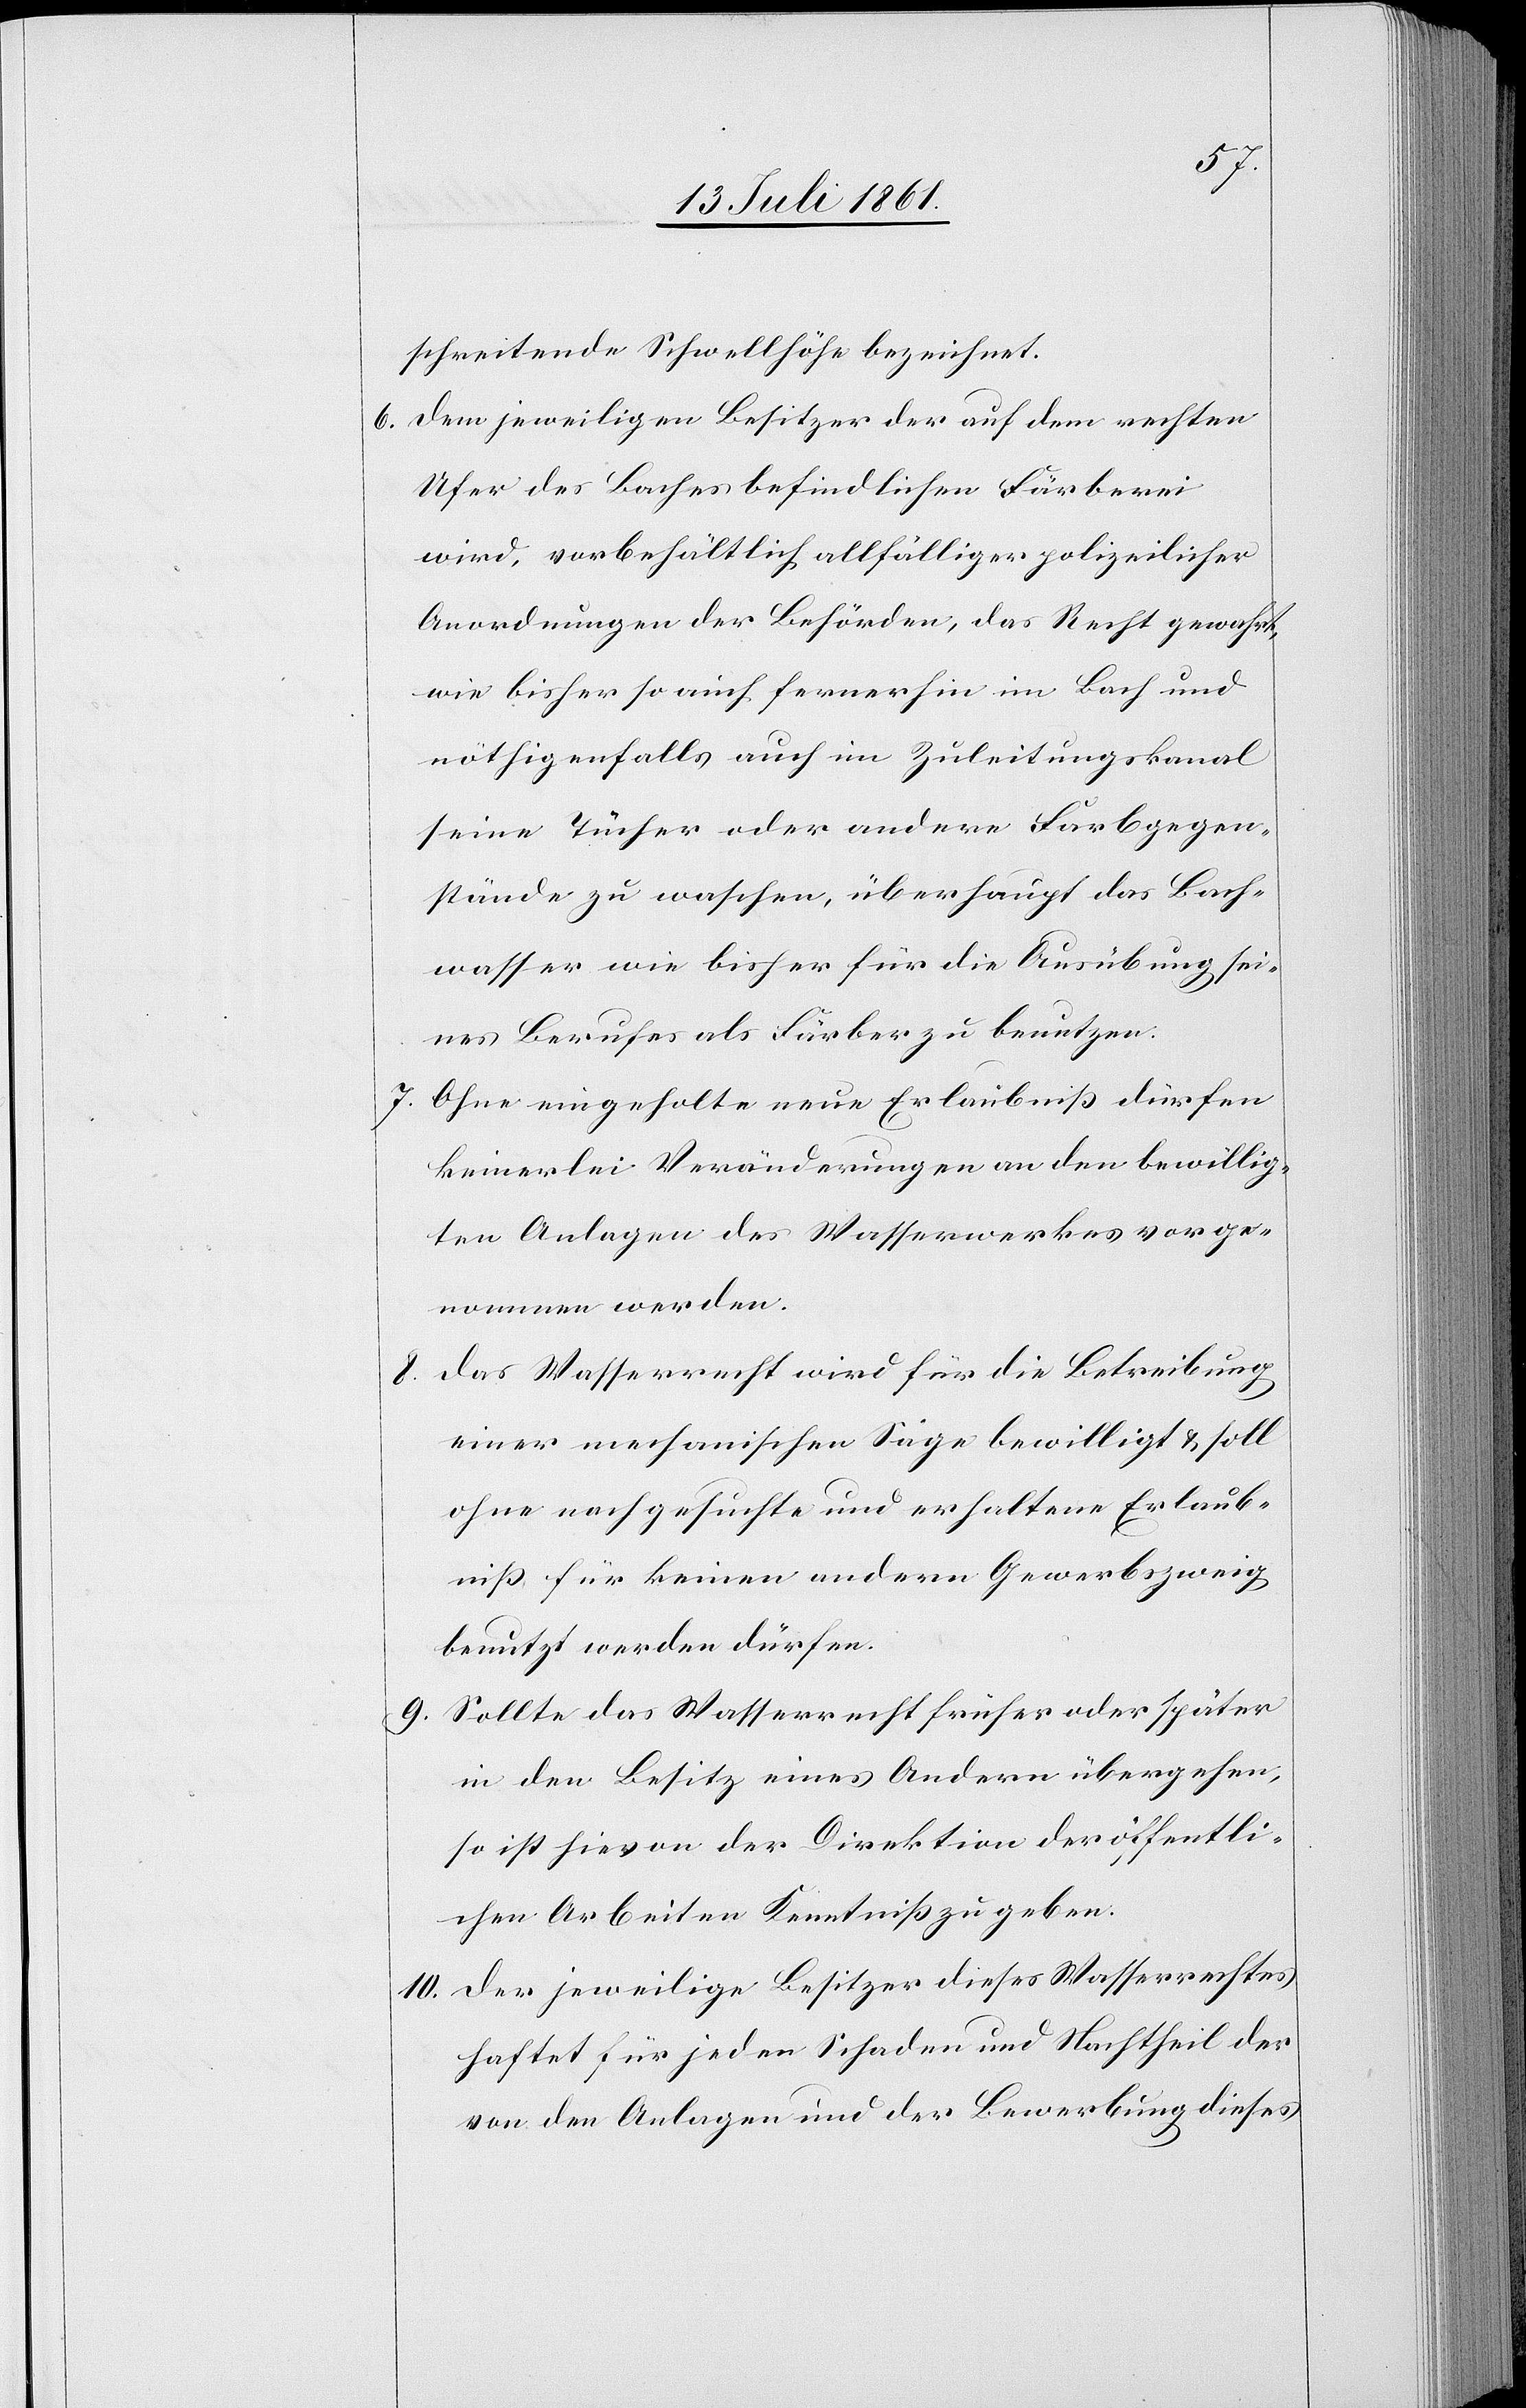
schreitende Schwellhöhe bezeichnet.
6. Dem jeweiligen Besitzer der auf dem rechten
Ufer des Baches befindlichen Färberei
wird, vorbehältlich allfälliger polizeilicher
Anordnungen der Behörden, das Recht gewahrt,
wie bisher so auch fernerhin im Bach und
nöthigenfalls auch im Zuleitungskanal
seine Tücher oder andere Farbgegen¬
stände zu waschen, überhaupt das Bach¬
wasser wie bisher für die Ausübung sei¬
nes Berufes als Färber zu benutzen.
7. Ohne eingeholte neue Erlaubniß dürfen
keinerlei Veränderungen an den bewillig¬
ten Anlagen des Wasserwerkes vorge¬
nommen werden.
8. Das Wasserrecht wird für die Betreibung
einer mechanischen Säge bewilligt u. soll
ohne nachgesuchte und erhaltene Erlaub¬
niß für keinen andern Gewerbszweig
benutzt werden dürfen.
9. Sollte das Wasserrecht früher oder später
in den Besitz eines Andern übergehen,
so ist hievon der Direktion der öffentli¬
chen Arbeiten Kenntniß zu geben.
10. Der jeweilige Besitzer dieses Wasserrechtes
haftet für jeden Schaden und Nachtheil der
von den Anlagen und der Bewerbung dieses